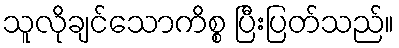
သူလိုချင်သောကိစ္စ ပြီးပြတ်သည်။